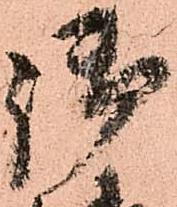
御